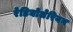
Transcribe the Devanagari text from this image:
रेडियोलेरियन